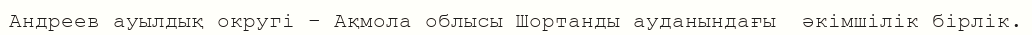
Андреев ауылдық округі – Ақмола облысы Шортанды ауданындағы  әкімшілік бірлік.